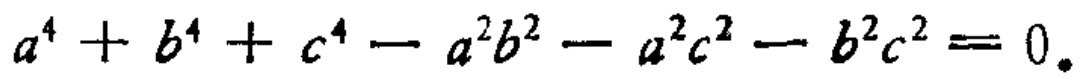
\(a^{4}+b^{4}+c^{4}-a^{2}b^{2}-a^{2}c^{2}-b^{2}c^{2}=0\)